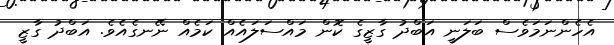
އެހެންނަމަވެސް ބަލަނީ އަބްދު ގާޒީގެ ކޮން މައްސަލައެއް ކަމެއް ނޭނގެއެވެ. އަބްދު ގާޒީ